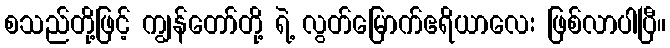
စသည်တို့ဖြင့် ကျွန်တော်တို့ ရဲ့ လွတ်မြောက်ဧရိယာလေး ဖြစ်လာပါပြီ။